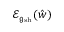
\mathcal { E } _ { \mathfrak { g } _ { \mathrm { s h } } } ( \hat { w } )